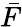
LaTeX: \bar{F}